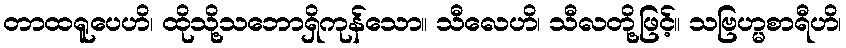
တာထရူပေဟိ၊ ထိုသို့သဘောရှိကုန်သော။ သီလေဟိ၊ သီလတို့ဖြင့်။ သဗြဟ္မစာရီဟိ၊